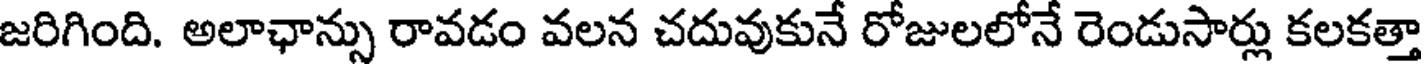
జరిగింది. అలాఛాన్సు రావడం వలన చదువుకునే రోజులలోనే రెండుసార్లు కలకత్తా